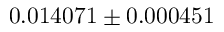
0 . 0 1 4 0 7 1 \pm 0 . 0 0 0 4 5 1